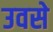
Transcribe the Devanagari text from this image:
उवसे